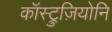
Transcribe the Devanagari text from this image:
कॉस्ट्रुज़ियोनि